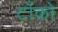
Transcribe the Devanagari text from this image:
टाँको